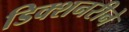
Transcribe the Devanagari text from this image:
डिक्शनरीने